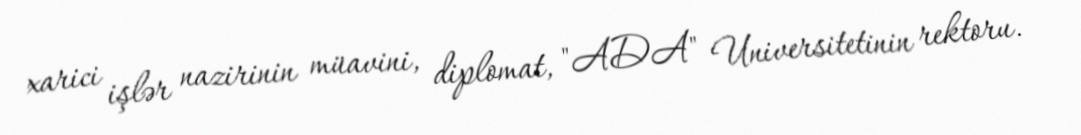
xarici işlər nazirinin müavini, diplomat, "ADA" Universitetinin rektoru.